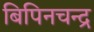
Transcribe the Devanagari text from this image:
बिपिनचन्द्र